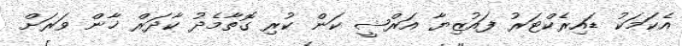
އެކަމަކު ޑައިރެކްޓަރު ފައުޒިޔާ އަރްޝީ ކަން ކުރި ގޮތާމެދު ކާދަރް ޚާން ވަރަށް